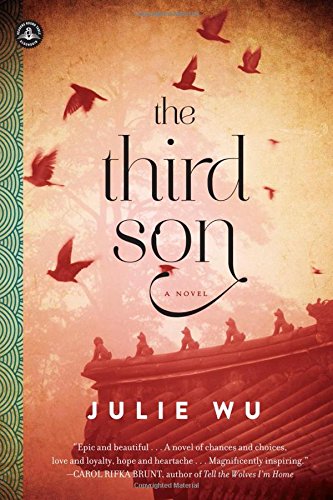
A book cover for The Third Son: A Novel; Julie Wu; Literature & Fiction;